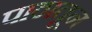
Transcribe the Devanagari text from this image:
पाठातून